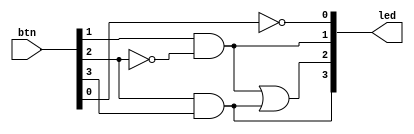
`timescale 1ns / 1ps
//////////////////////////////////////////////////////////////////////////////////
// Module Name: lab1
//////////////////////////////////////////////////////////////////////////////////


module lab1(
    input [3:0] btn,
     output [3:0] led
    );
    
    assign led[0] = ~btn[0];
    assign led[1] = btn[1] & ~btn[2];
    assign led[3] = btn[2] & btn[3];
    assign led[2] = led[1] | led[3];
     
endmodule